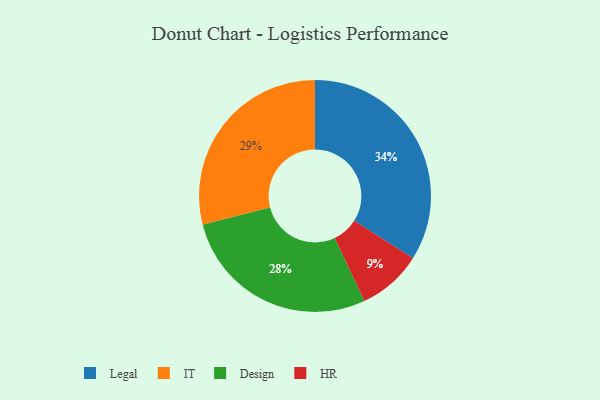
{"axis": {"x": "Category", "y": "Percentage"}, "legend": ["Design", "HR", "IT", "Legal"], "data": [{"x": "Design", "y": 28, "type": "Design"}, {"x": "Legal", "y": 34, "type": "Legal"}, {"x": "HR", "y": 9, "type": "HR"}, {"x": "IT", "y": 29, "type": "IT"}]}